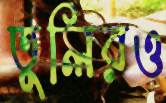
তুলিরও